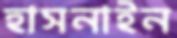
হাসনাইন